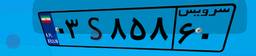
۹۵S۵۹۸۷۰